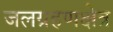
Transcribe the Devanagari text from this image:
जलग्रहणक्षेत्र